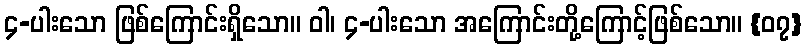
၄-ပါးသော ဖြစ်ကြောင်းရှိသော။ ဝါ၊ ၄-ပါးသော အကြောင်းတို့ကြောင့်ဖြစ်သော။ {၀၇}